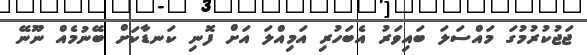
ޖަޖުކުރުމުގަ މައްސަލަ ބައިވަރު އެބަހުރި އަމިއްލަ އަށް ފޮނި ކަނޑާކަށް ބޭނުމެއް ނޫނޭ